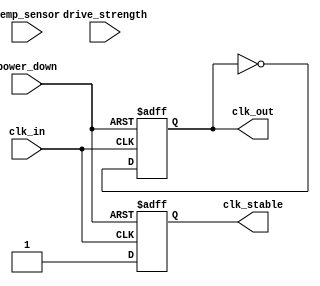
module temp_compensated_clk_buffer (
    input wire clk_in,                 // Input clock signal
    input wire [7:0] temp_sensor,      // 8-bit temperature sensor input
    input wire [1:0] drive_strength,    // Drive strength control
    input wire power_down,              // Power management input
    output reg clk_out,                 // Buffered output clock signal
    output reg clk_stable               // Stable clock indicator
);

// Parameters for delay and amplification settings
parameter DELAY_MIN = 2;              // Minimum delay setting
parameter DELAY_MAX = 10;              // Maximum delay setting
parameter DEFAULT_DRIVE_STRENGTH = 2; // Default drive strength setting

reg [3:0] delay_setting;               // Delay setting based on temperature
reg [1:0] current_drive_strength;      // Current drive strength

// Temperature compensation logic
always @(*) begin
    // Simple temperature to delay mapping (adjust based on actual sensor characteristics)
    if (temp_sensor < 8'd20) begin
        delay_setting = DELAY_MAX;     // Cold condition
    end else if (temp_sensor > 8'd70) begin
        delay_setting = DELAY_MIN;     // Hot condition
    end else begin
        delay_setting = DELAY_MAX - (temp_sensor - 8'd20) / 10; // Linear mapping
    end
end

// Drive strength control logic
always @(*) begin
    if (drive_strength != 2'b00) begin
        current_drive_strength = drive_strength; // Use external control
    end else begin
        current_drive_strength = DEFAULT_DRIVE_STRENGTH; // Default drive strength
    end
end

// Clock amplification and output generation
always @(posedge clk_in or negedge power_down) begin
    if (!power_down) begin
        clk_out <= 1'b0; // Power down state
        clk_stable <= 1'b0;
    end else begin
        // Amplification logic (simplified)
        #delay_setting; // Introduce delay based on temperature compensation
        clk_out <= ~clk_out; // Invert for buffered clock output
        clk_stable <= 1'b1; // Indicate stable clock output
    end
end

endmodule